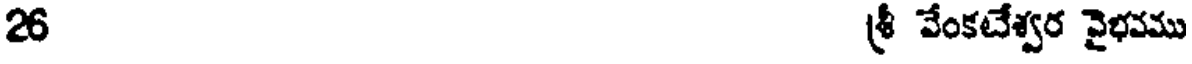
26 శ్రీ వేంకటేశ్వర వైభవము